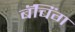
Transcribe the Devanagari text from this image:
बॅचिंग